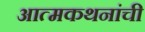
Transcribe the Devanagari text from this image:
आत्मकथनांची